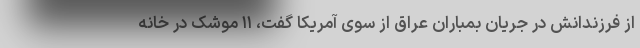
از فرزندانش در جریان بمباران عراق از سوی آمریکا گفت، ۱۱ موشک در خانه